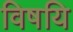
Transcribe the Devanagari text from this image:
विषयि